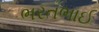
ભરતભાઈ